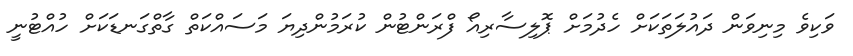
ވަކިވެ މިނިވަން ދައުލަތަކަށް ހެދުމަށް ޕޮލިސާރިއޯ ފްރަންޓުން ކުރަމުންދިޔަ މަސައްކަތް ގާތްގަނޑަކަށް ހުއްޓުނީ